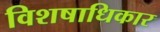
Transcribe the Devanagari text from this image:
विशषाधिकार